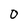
Character: 0